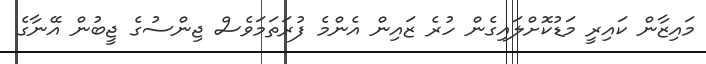
މައިޒާން ކައިރީ މަޑުކޮށްލައިގެން ހުރެ ޒައިން އެންމެ ފުރަތަމަވެސް ޖިންސުގެ ޖީބުން އޭނާގެ